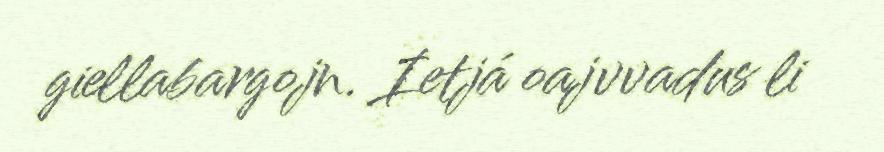
giellabargojn. Ietjá oajvvadus li